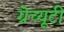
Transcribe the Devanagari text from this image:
ग्रेच्यूटी